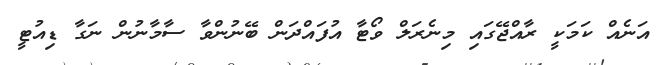
އަނެއް ކަމަކީ ރާއްޖޭގައި މިނެރަލް ވޯޓާ އުފައްދަން ބޭނުންވާ ސާމާނުން ނަގާ ޑިއުޓީ